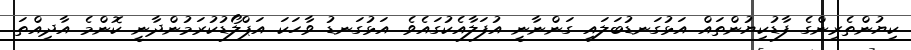
ކިޔުންތެރިންގެ ފާޑުކިޔުންތައް އަޅުގަނޑުބަލައި ގަންނާނީ އުފަލާއެކުގައެވެ. އަޅުގަނޑު ވާހަކަ އަޕްލޯޑުކުރަމުންދާނީ ކޮންމެ އާދިއްތަ